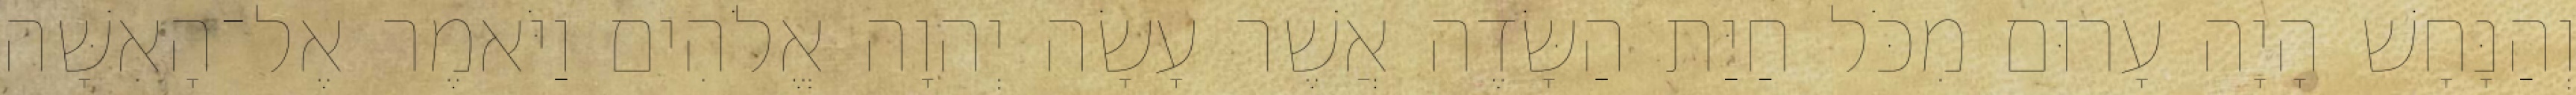
וְהַנָּחָשׁ הָיָה עָרוּם מִכֹּל חַיַּת הַשָּׂדֶה אֲשֶׁר עָשָׂה יְהוָה אֱלֹהִים וַיֹּאמֶר אֶל־הָאִשָּׁה